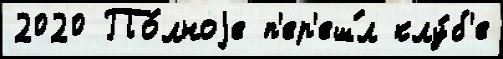
2020 По́лноjе п'ер'еш́л клу́б'е